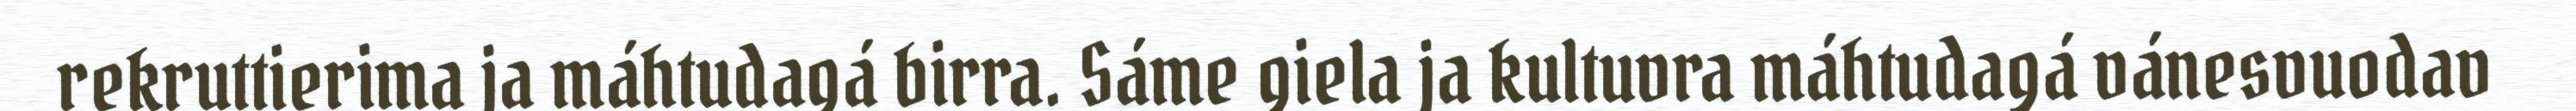
rekruttierima ja máhtudagá birra. Sáme giela ja kultuvra máhtudagá vánesvuodav